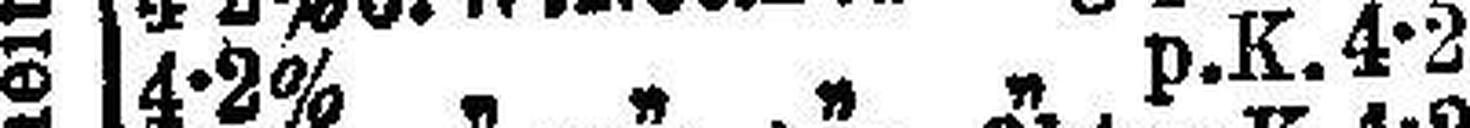
4-2% „ „ „ „ p. K. 4-2